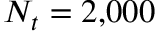
N _ { t } = 2 { , } 0 0 0